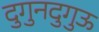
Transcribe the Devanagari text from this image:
दुगुनदुगुऊ